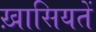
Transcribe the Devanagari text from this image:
ख़ासियतें